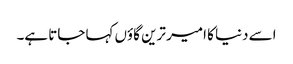
اسے دنیا کا امیر ترین گاؤں کہا جاتا ہے۔